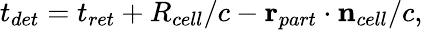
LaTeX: t_{det}=t_{ret}+R_{cell}/c-\mathbf{r}_{part}\cdot\mathbf{n}_{cell}/c,